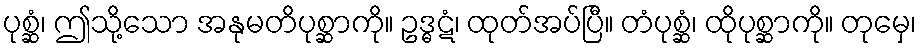
ပုစ္ဆံ၊ ဤသို့သော အနုမတိပုစ္ဆာကို။ ဥဒ္ဓဋံ၊ ထုတ်အပ်ပြီ။ တံပုစ္ဆံ၊ ထိုပုစ္ဆာကို။ တုမှေ၊